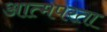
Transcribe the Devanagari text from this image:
आत्मपरता